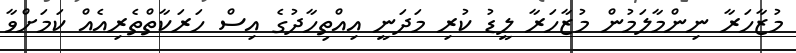
މުޒާހަރާ ނިންމާލަމުން މުޒާހަރާ ލީޑު ކުރި މަދަނީ އިއްތިހާދުގެ އިސް ހަރަކާތްތެރިއެއް ކަމަށްވާ